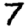
Digit: 7